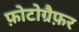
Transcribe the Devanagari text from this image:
फ़ोटोग्रैफ़र